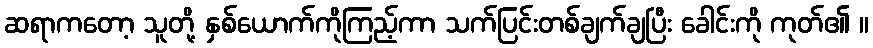
ဆရာကတော့ သူတို့ နှစ်ယောက်ကိုကြည့်ကာ သက်ပြင်းတစ်ချက်ချပြီး ခေါင်းကို ကုတ်၏ ။